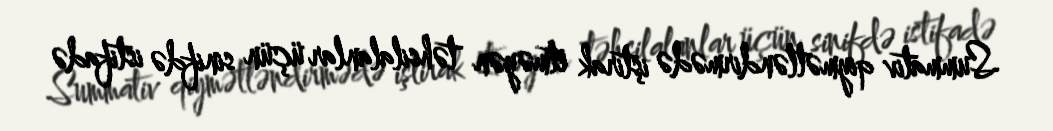
Summativ qiymətləndirmədə iştirak etməyən təhsilalanlar üçün sinifdə istifadə